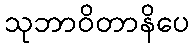
သုဘာဝိတာနိပေ